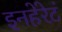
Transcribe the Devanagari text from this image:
इनहेरेटं